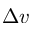
\Delta v